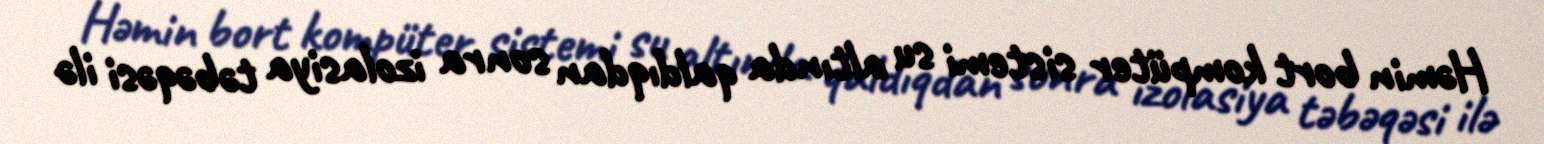
Həmin bort kompüter sistemi su altında qaldıqdan sonra izolasiya təbəqəsi ilə